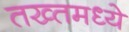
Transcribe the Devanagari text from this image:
तख्तमध्ये